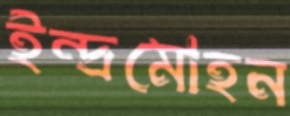
ইন্দ্রমোহন